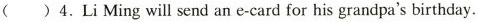
( )4.Li Ming will send an e-card for his grandpa's birthday.